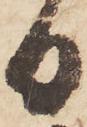
日